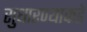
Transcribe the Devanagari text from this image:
सुधारण्याकडे